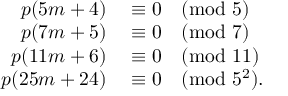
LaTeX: \begin{array} { r l } { p ( 5 m + 4 ) } & { { } \equiv 0 { \pmod { 5 } } } \\ { p ( 7 m + 5 ) } & { { } \equiv 0 { \pmod { 7 } } } \\ { p ( 1 1 m + 6 ) } & { { } \equiv 0 { \pmod { 1 1 } } } \\ { p ( 2 5 m + 2 4 ) } & { { } \equiv 0 { \pmod { 5 ^ { 2 } } } . } \end{array}